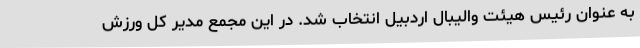
به عنوان رئیس هیئت والیبال اردبیل انتخاب شد. در این مجمع مدیر کل ورزش